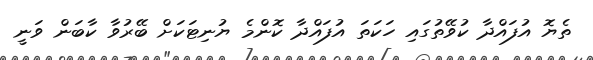
ތެޔޮ އުފައްދާ ކުވޭތުގައި ހަކަތަ އުފައްދާ ކޮންމެ ޔުނިޓަކަށް ބޭރުވާ ކާބަން ވަނީ